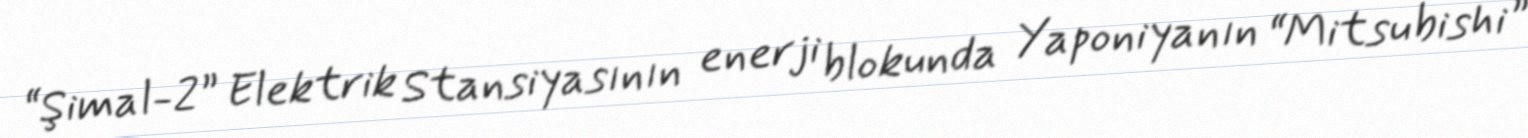
“Şimal-2” Elektrik Stansiyasının enerji blokunda Yaponiyanın “Mitsubishi”